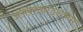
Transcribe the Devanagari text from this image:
अलेक्स्झांडराच्या